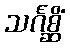
သင်္ဂစ္ဆိံ